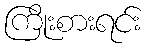
ကြိုးစားရင်း